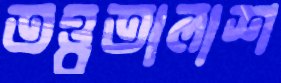
তত্ত্বতালাশ